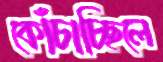
কোঁচাচ্ছিলে